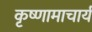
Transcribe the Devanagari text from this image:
कृष्णामाचार्य